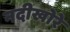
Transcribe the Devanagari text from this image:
नदीखोरे